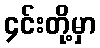
၄င်းတို့မှာ